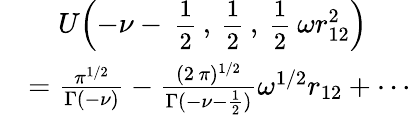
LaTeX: \begin{array}{rl}&{\mathrel{\phantom{=}}U\Bigl(-\nu-\mathrm{\small~\displaystyle\frac{1}{2}~},\mathrm{\small~\displaystyle\frac{1}{2}~},\mathrm{\small~\displaystyle\frac{1}{2}~}\omega r_{12}^{2}\Bigr)}\\ &{=\frac{\pi^{1/2}}{\Gamma(-\nu)}-\frac{(2\, \pi)^{1/2}}{\Gamma(-\nu-\frac{1}{2})}\omega^{1/2}r_{12}+\cdots}\end{array}